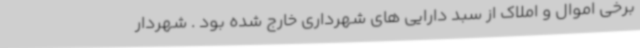
برخی اموال و املاک از سبد دارایی های شهرداری خارج شده بود . شهردار